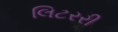
લિટરરી